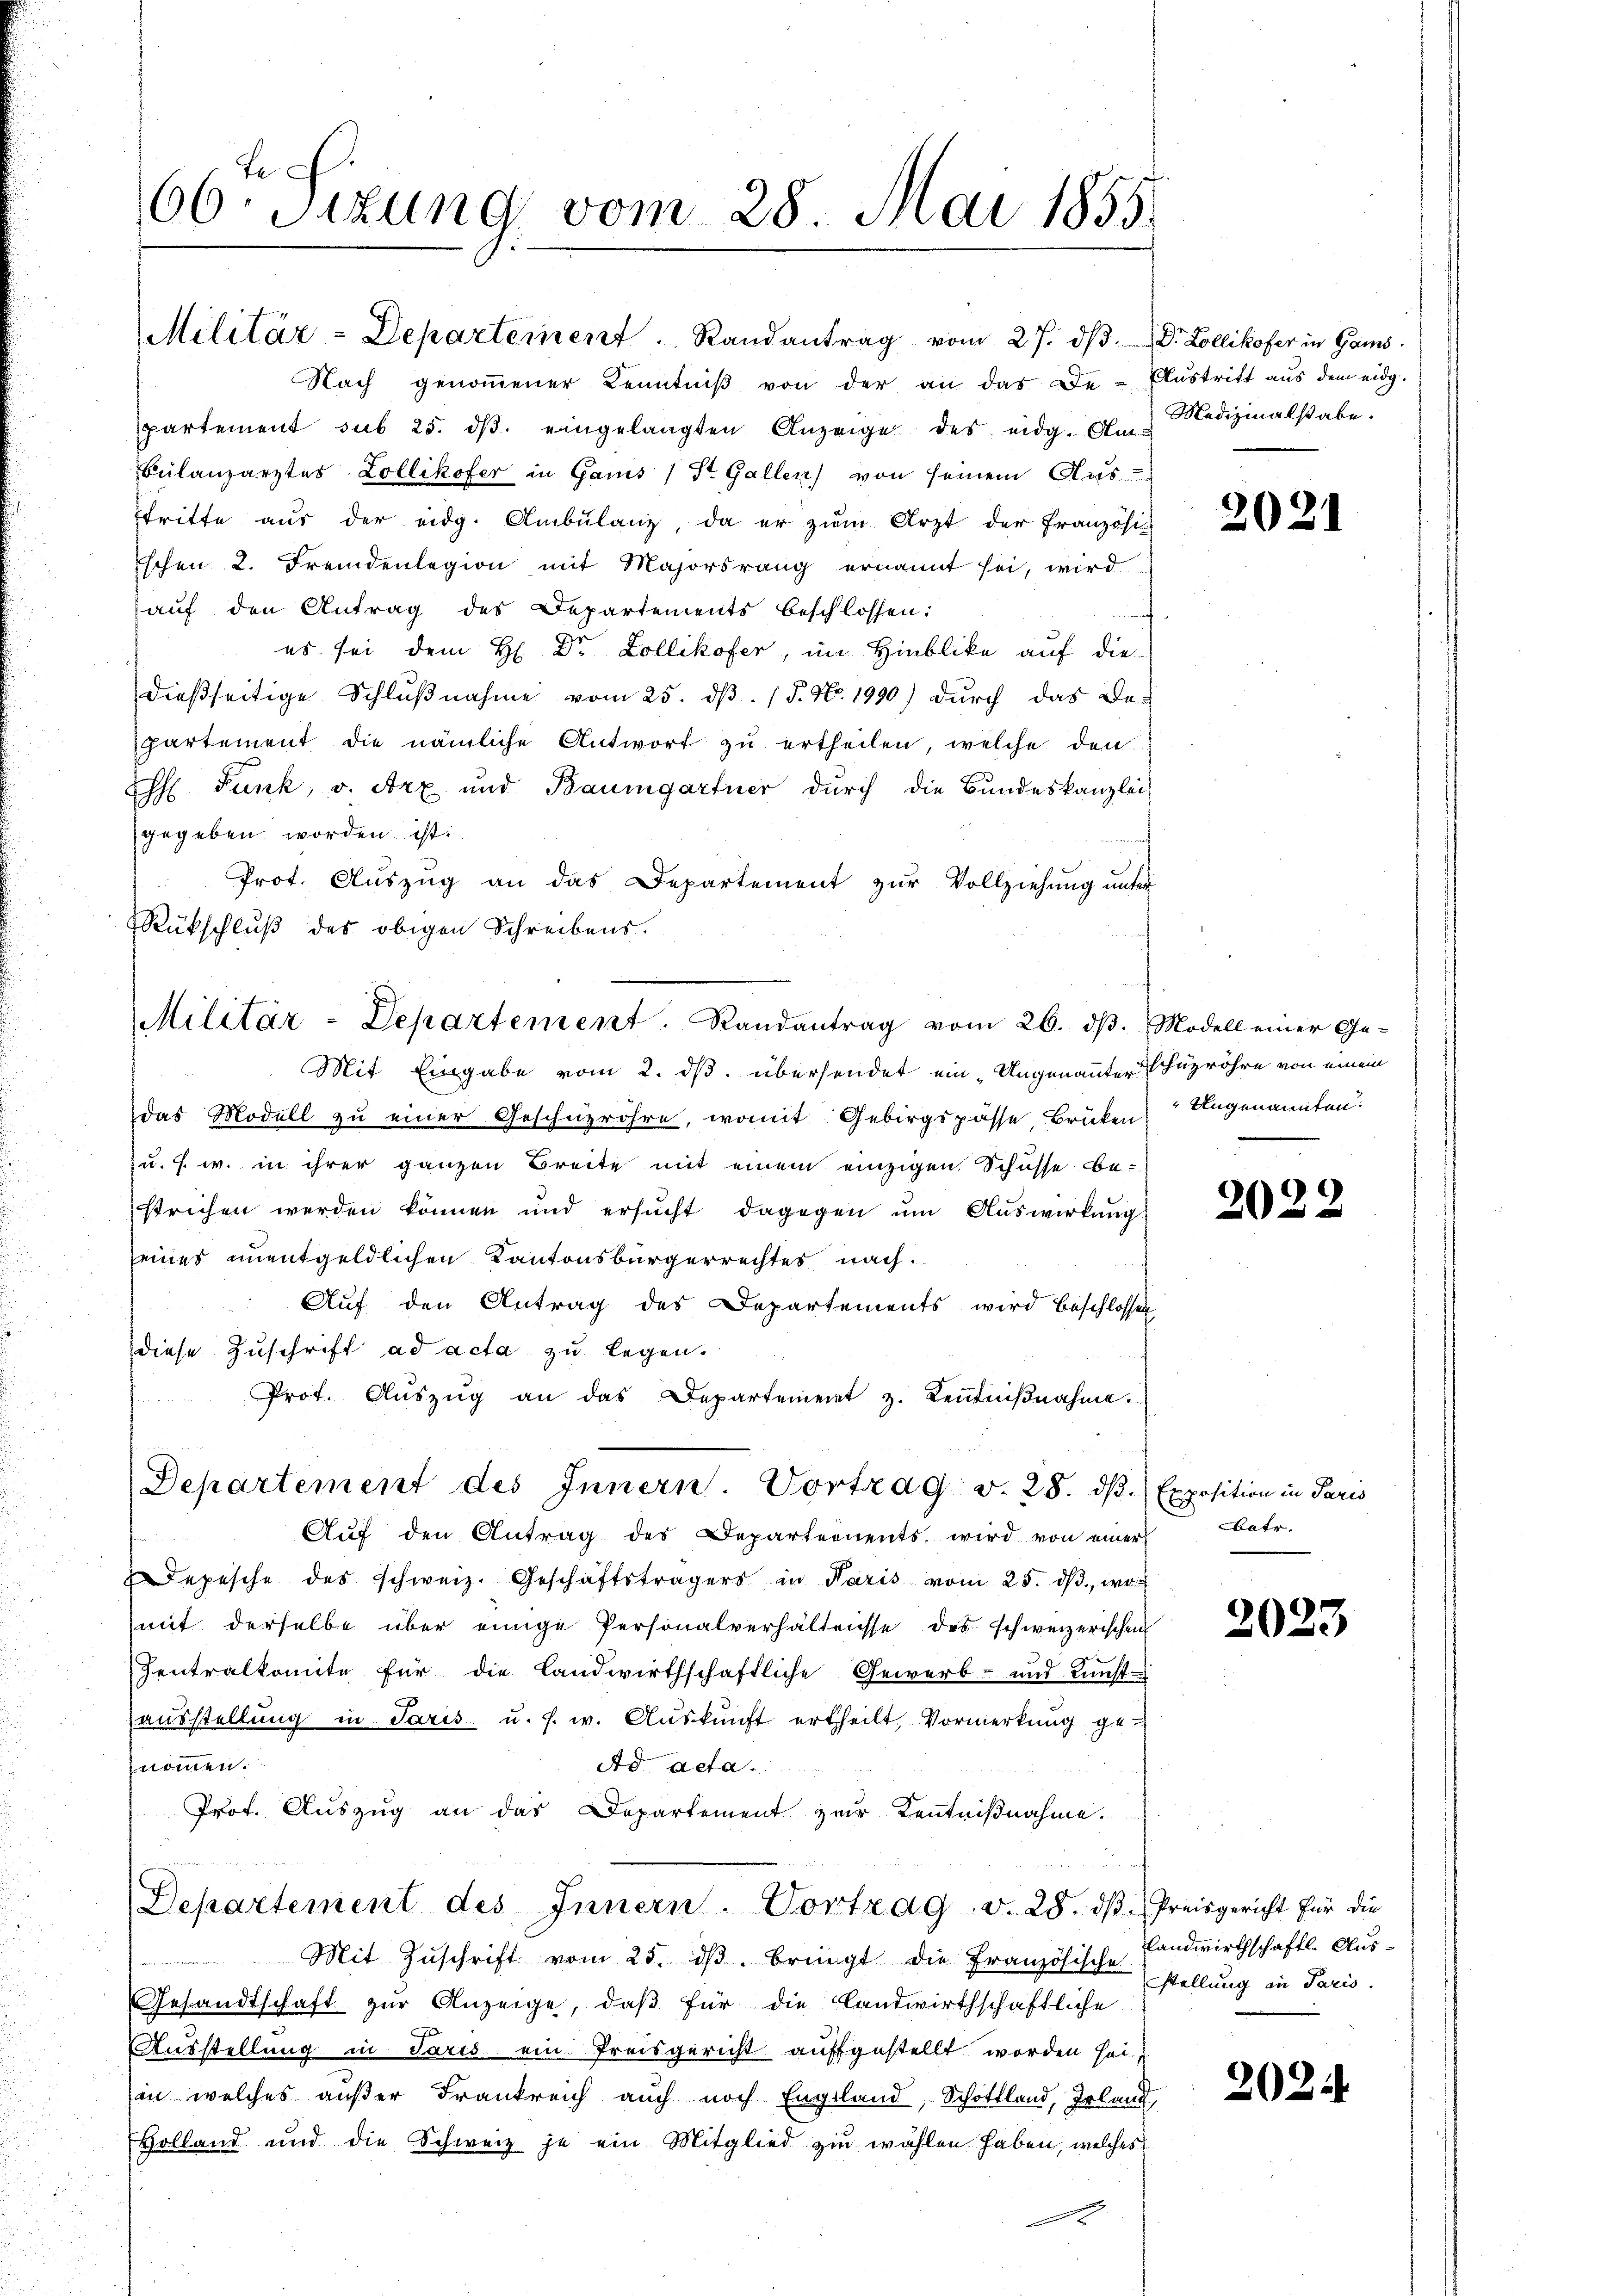
te.
66. Sizung vom 28. Mai 1855.

Militär-Departement. Randantrag vom 27. dβ. Dr. Zollikofer in Gams.
Nach genoṁener Kenntniβ von der an das De-Aŭstritt aŭs dem eidg.
partement sub. 25. dβ eingelangten Anzeige des eidg. Am Medizinalstabe.
bulanzarztes Zollikofer in Gams / St. Gallen von seinem Aus-
stritte aus der eidg. Ambülanz, da er zum Arzt der Französi
ischen 2. Fremdenlegion mit Majorsrang ernannt sei, wird
aŭf den Antrag des Departements beschlossen:
es sei dem H. Dr Zollikofer, im Hinblike auf die-
dießseitige Schlußnahme vom 25. dβ. P. Nr. 1990) durch das Be-
partement die nämliche Antwort zu ertheilen, welche den
Eh Junk, v. Arx und Baumgartner durch die Bundeskanzlei-
gegeben worden ist:
f
Prot. Auszug an das Departement zur Vollziehung unter
RRückschluß des obigen Schreibens.
Mit Eingabe vom 2. ds. übersendet ein „Ungenannterhugröhre von einem
das Modell zu einer Geschüzröhre, womit Gebirgspasse Brüken Ungenannten.
u. s. w. in ihrer ganzen Breite mit einem einzigen Schüsse bestrichen werden können und ersucht dagegen um Auswirkung
eines unentgeldlichen Kantonsbürgerrechtes nach
Auf den Antrag des Departements wird beschlossen
diese Zuschrift ad acta zu legen.
Prof. Aŭszŭg an das Departement z. Keṅtniβnahme.
Departement des Innern. Vortrag v. 28. dβ. Exposition in Paris
Auf den Antrag des Departernents, wird von einer
Depesche des schweiz. Geschäftsträgers in Paris vom 25. ds., wo
mit derselbe über einige Personalverhältnisse des schweizerischen
Zentralkomite für die Landwirthschaftliche Gewerb- und Kunst-
ausstellung in Paris u. s. w. Auskunft ertheilt, Vormerkung genommen.
Ad Acta.
Prot. Aŭszŭg an das Departement zur Kenntniβnahme.
ire
Departement des Innern. Vortrag v. 28. dβ. Preisgericht für die
Mit Zŭschrift vom 25. dβ. bringt die Französische Landwirthschaftl. Aŭs-
Gesandtschaft zŭr Anzeige, daβ für die Landwirthschaftliche
Ausstellung in Paris ein Preisgericht auffgestellt worden heiin welches außer Frankreich auch noch England, Schottland, Irland,
Holland und die Schweiz je ein Mitglied zu wählen haben, welches
x

Militär-Departement. Randantrag vom 26. dβ. Modell einer Ge-

2021

2022

batr.

2023

stellung in Paris.

2024